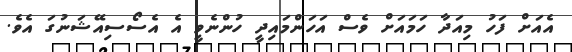
އެއަށް ފަހު މިއަދާ ހަމައަށް ވެސް އަހަންމައިދީ ހުންނެވީ އެ އެސޯސިއޭޝަނުގަ އެވެ.